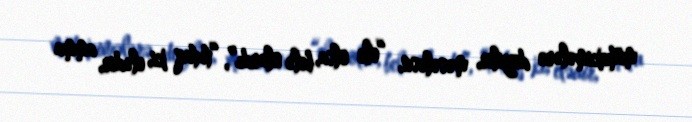
mühakimələrə deyilir, məsələsn, “elə olsa, belə olardı”, “tutaq ki, elədir, amma